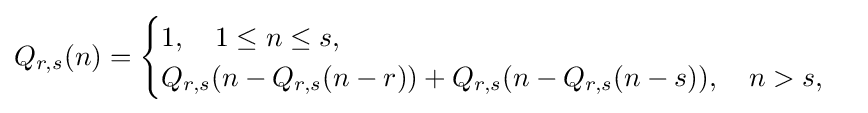
Q_{r,s}(n)={\begin{cases}1,\quad 1\leq n\leq s,\\Q_{r,s}(n-Q_{r,s}(n-r))+Q_{r,s}(n-Q_{r,s}(n-s)),\quad n>s,\end{cases}}